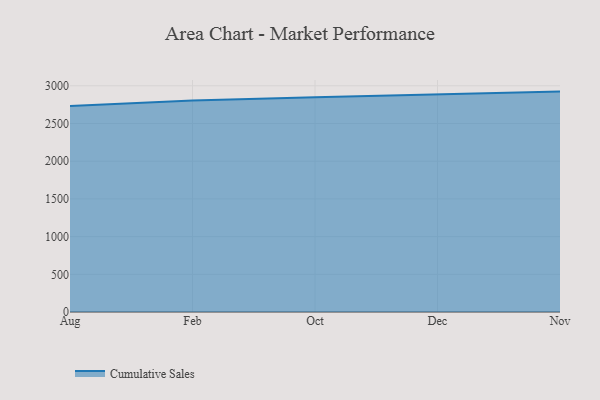
{"axis": {"x": "Month", "y": "Market Share (%)"}, "legend": ["Cumulative Sales"], "data": [{"x": "Aug", "y": 2732.7, "type": "Cumulative Sales"}, {"x": "Feb", "y": 2806.8, "type": "Cumulative Sales"}, {"x": "Oct", "y": 2847.9, "type": "Cumulative Sales"}, {"x": "Dec", "y": 2889.8, "type": "Cumulative Sales"}, {"x": "Nov", "y": 2923.2, "type": "Cumulative Sales"}]}